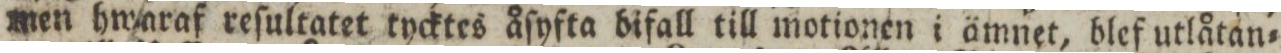
men hwaraf reſultatet tycktes åſyfta bifall till motionen i ämnet, blef utlåtan=